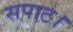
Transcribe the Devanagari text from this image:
सपाट।